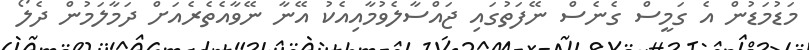
މަޑުމަޑުން އެ ގަމީސް ގެނެސް ނޭފަތުގައި ޖައްސާލެވުމާއިއެކު އޭނާ ނޭވާއެތެރެއަށް ދަމާލަމުން ދެލޯ